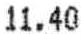
11.40